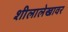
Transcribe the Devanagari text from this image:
शीलालेखावर